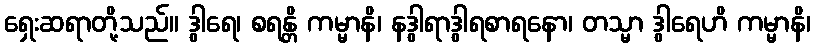
ရှေးဆရာတို့သည်။ ဒွါရေ၊ စရန္တိ ကမ္မာနိ၊ နဒွါရာဒွါရစာရနော၊ တသ္မာ ဒွါရေဟိ ကမ္မာနိ၊